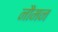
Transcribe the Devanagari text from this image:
नौमन